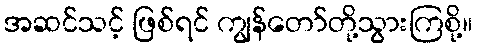
အဆင်သင့် ဖြစ်ရင် ကျွန်တော်တို့သွားကြစို့။